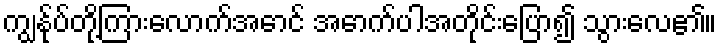
ကျွန်ုပ်တို့ကြားလောက်အောင် အောက်ပါအတိုင်းပြော၍ သွားလေ၏။